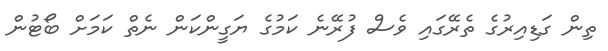
ތިން ގަޑިއިރުގެ ތެރޭގައި ވެސް ފުރޭނެ ކަމުގެ ޔަގީންކަން ނެތް ކަމަށް ބޯޓުން